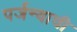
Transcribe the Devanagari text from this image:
पर्जन्याची